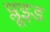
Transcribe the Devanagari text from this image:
प्लूइड